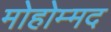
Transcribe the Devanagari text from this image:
मोहोम्मद